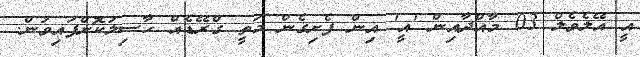
އީ އޭލެވެލް 03 މާއްދާއިން 'އީ' އިން ފެށިގެން މަތީ ގްރޭޑެއް ހާސިލުކޮށްފައިވުން.